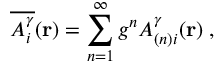
\overline { { { { \cal { A } } _ { i } ^ { \gamma } } } } ( { \bf { r } } ) = \sum _ { n = 1 } ^ { \infty } g ^ { n } { \cal { A } } _ { ( n ) i } ^ { \gamma } ( { \bf { r } } ) \; ,